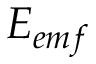
E _ { e m f }